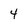
Character: 4